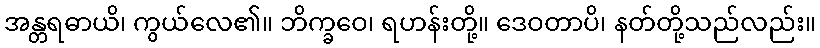
အန္တရဓာယိ၊ ကွယ်လေ၏။ ဘိက္ခဝေ၊ ရဟန်းတို့။ ဒေဝတာပိ၊ နတ်တို့သည်လည်း။